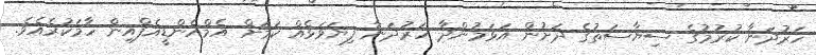
ހަރުދަނާ ކުރުމުގެ ސިޔާސަތުގެ ދަށުން އަޅަމުންދާ ހަރުދަނާ ފިޔަވަޅެއް ކަމަށް އެމްއެންޑީއެފްއިން ހާމަކުރެއެވެ.